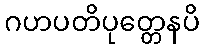
ဂဟပတိပုတ္တေနပိ